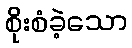
စိုးစံခဲ့သော